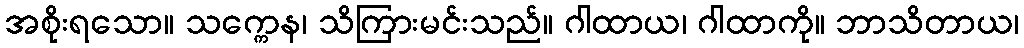
အစိုးရသော။ သက္ကေန၊ သိကြားမင်းသည်။ ဂါထာယ၊ ဂါထာကို။ ဘာသိတာယ၊